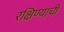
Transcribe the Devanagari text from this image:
रक्षिण्याची